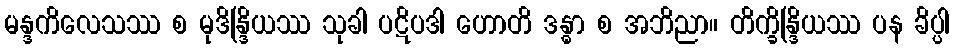
မန္ဒကိလေသဿ စ မုဒိန္ဒြိယဿ သုခါ ပဋိပဒါ ဟောတိ ဒန္ဓာ စ အဘိညာ။ တိက္ခိန္ဒြိယဿ ပန ခိပ္ပါ